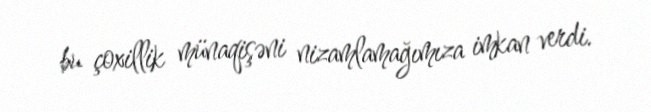
bu çoxillik münaqişəni nizamlamağımıza imkan verdi.